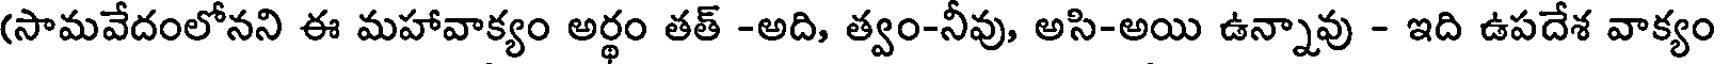
(సామవేదంలోనని ఈ మహావాక్యం అర్థం తత్ -అది, త్వం-నీవు, అసి-అయి ఉన్నావు - ఇది ఉపదేశ వాక్యం